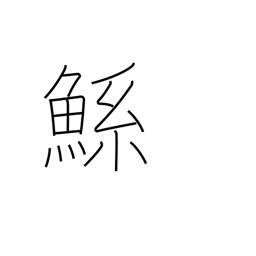
Meaning: large mythical fish